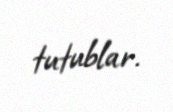
tutublar.